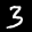
Label: 3